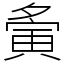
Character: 夤